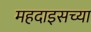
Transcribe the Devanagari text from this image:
महदाइसच्या